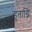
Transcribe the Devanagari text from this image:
हुताग्नि